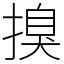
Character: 搝